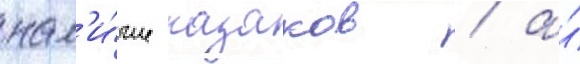
нал'и́чие казаков / а́